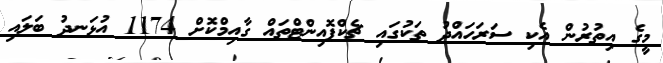
މީގެ އިތުރުން އެކި ސަރަހައްދު ތަކުގައި ޗެކްޕޮއިންޓްތައް ގާއިމްކޮށް 1174 އުޅަނދު ބަލައި